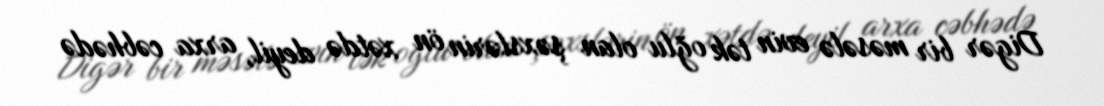
Digər bir məsələ evin tək oğlu olan şəxslərin ön xətdə deyil, arxa cəbhədə